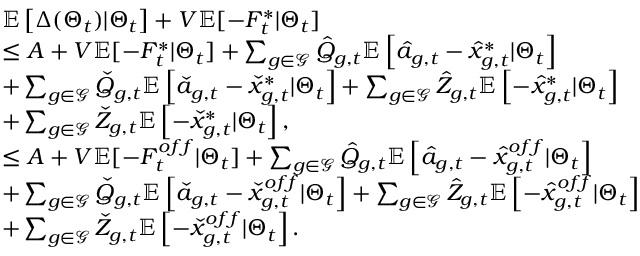
\begin{array} { r l } & { \mathbb { E } \left[ \Delta ( \boldsymbol { \Theta } _ { t } ) | \boldsymbol { \Theta } _ { t } \right] + V \mathbb { E } [ - F _ { t } ^ { * } | \boldsymbol { \Theta } _ { t } ] } \\ & { \leq A + V \mathbb { E } [ - F _ { t } ^ { * } | \boldsymbol { \Theta } _ { t } ] + \sum _ { g \in { \mathcal { G } } } \hat { Q } _ { g , t } \mathbb { E } \left[ \hat { a } _ { g , t } - \hat { x } _ { g , t } ^ { * } | \boldsymbol { \Theta } _ { t } \right] } \\ & { + \sum _ { g \in { \mathcal { G } } } \check { Q } _ { g , t } \mathbb { E } \left[ \check { a } _ { g , t } - \check { x } _ { g , t } ^ { * } | \boldsymbol { \Theta } _ { t } \right] + \sum _ { g \in { \mathcal { G } } } \hat { Z } _ { g , t } \mathbb { E } \left[ - \hat { x } _ { g , t } ^ { * } | \boldsymbol { \Theta } _ { t } \right] } \\ & { + \sum _ { g \in { \mathcal { G } } } \check { Z } _ { g , t } \mathbb { E } \left[ - \check { x } _ { g , t } ^ { * } | \boldsymbol { \Theta } _ { t } \right] , } \\ & { \leq A + V \mathbb { E } [ - F _ { t } ^ { o f f } | \boldsymbol { \Theta } _ { t } ] + \sum _ { g \in { \mathcal { G } } } \hat { Q } _ { g , t } \mathbb { E } \left[ \hat { a } _ { g , t } - \hat { x } _ { g , t } ^ { o f f } | \boldsymbol { \Theta } _ { t } \right] } \\ & { + \sum _ { g \in { \mathcal { G } } } \check { Q } _ { g , t } \mathbb { E } \left[ \check { a } _ { g , t } - \check { x } _ { g , t } ^ { o f f } | \boldsymbol { \Theta } _ { t } \right] + \sum _ { g \in { \mathcal { G } } } \hat { Z } _ { g , t } \mathbb { E } \left[ - \hat { x } _ { g , t } ^ { o f f } | \boldsymbol { \Theta } _ { t } \right] } \\ & { + \sum _ { g \in { \mathcal { G } } } \check { Z } _ { g , t } \mathbb { E } \left[ - \check { x } _ { g , t } ^ { o f f } | \boldsymbol { \Theta } _ { t } \right] . } \end{array}